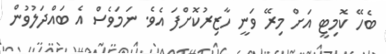
ބެހޭ ކޮމިޓީ އަށް މިރޭ ވަނީ ހާޒިރުކޮށްފަ އެވެ. ނަމަވެސް އެ ބައްދަލުވުން